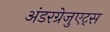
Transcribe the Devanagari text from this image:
अंडरग्रेजुएट्स